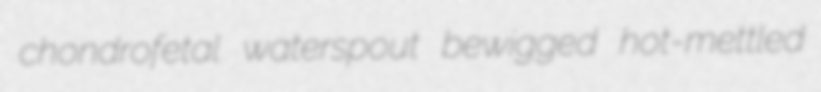
chondrofetal waterspout bewigged hot-mettled